Report of the veterinary officer investigating camel disease
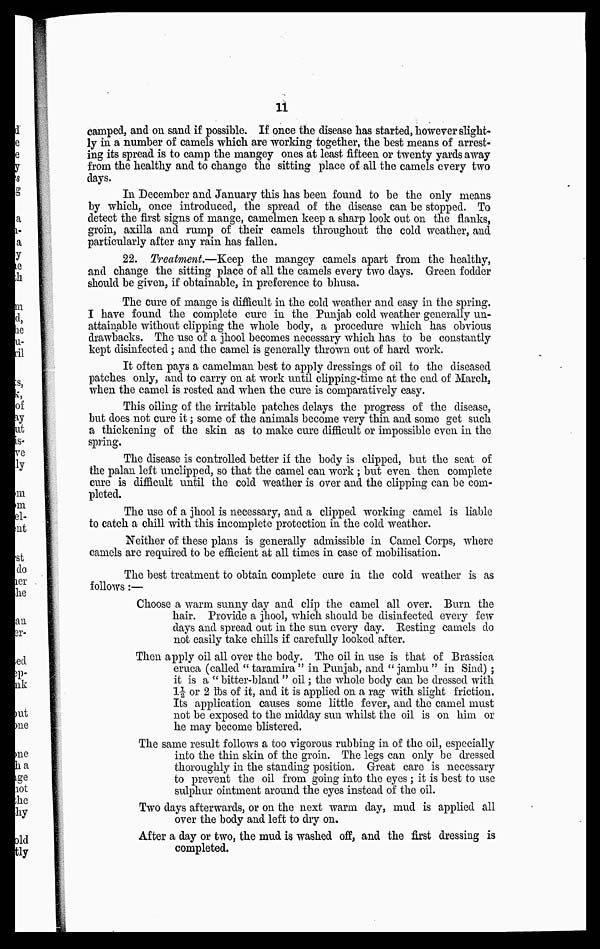
11
camped, and on sand if possible. If once the disease has started, however slight-
ly in a number of camels which are working together, the best means of arrest-
ing its spread is to camp the mangey ones at least fifteen or twenty yards away
from the healthy and to change the sitting place of all the camels every two
days.
In December and January this has been found to be the only means
by which, once introduced, the spread of the disease can be stopped. To
detect the first signs of mange, camelmen keep a sharp look out on the flanks,
groin, axilla and rump of their camels throughout the cold weather, and
particularly after any rain has fallen.
22. Treatment.—Keep the mangey camels apart from the healthy,
and change the sitting place of all the camels every two days. Green fodder
should be given, if obtainable, in preference to bhusa.
The cure of mange is difficult in the cold weather and easy in the spring.
I have found the complete cure in the Punjab cold weather generally un-
attainable without clipping the whole body, a procedure which has obvious
drawbacks. The use of a jhool becomes necessary which has to be constantly
kept disinfected; and the camel is generally thrown out of hard work.
It often pays a camelman best to apply dressings of oil to the diseased
patches only, and to carry on at work until clipping-time at the end of March,
when the camel is rested and when the cure is comparatively easy.
This oiling of the irritable patches delays the progress of the disease,
but does not cure it; some of the animals become very thin and some get such
a thickening of the skin as to make cure difficult or impossible even in the
spring.
The disease is controlled better if the body is clipped, but the seat of
the palan left unclipped, so that the camel can work ; but even then complete
cure is difficult until the cold weather is over and the clipping can be com-
pleted.
The use of a jhool is necessary, and a clipped working camel is liable
to catch a chill with this incomplete protection in the cold weather.
Neither of these plans is generally admissible in Camel Corps, where
camels are required to be efficient at all times in case of mobilisation.
The best treatment to obtain complete cure in the cold weather is as
follows:—
Choose a warm sunny day and clip the camel all over. Burn the
hair. Provide a jhool, which should be disinfected every few
days and spread out in the sun every day. Resting camels do
not easily take chills if carefully looked after.
Then apply oil all over the body. The oil in use is that of Brassica
eruca (called " taramira " in Punjab, and " jambu " in Sind) ;
it is a " bitter-bland " oil; the whole body can be dressed with
1½ or 2 lbs of it, and it is applied on a rag with slight friction.
Its application causes some little fever, and the camel must
not be exposed to the midday sun whilst the oil is on him or
he may become blistered.
The same result follows a too vigorous rubbing in of the oil, especially
into the thin skin of the groin. The legs can only be dressed
thoroughly in the standing position. Great care is necessary
to prevent the oil from going into the eyes ; it is best to use
sulphur ointment around the eyes instead of the oil.
Two days afterwards, or on the next warm day, mud is applied all
over the body and left to dry on.
After a day or two, the mud is washed off, and the first dressing is
completed.